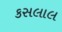
કસલાલ